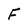
Character: F